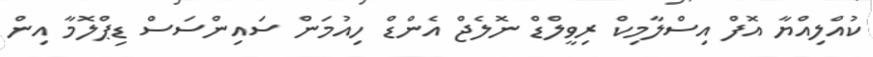
ކުއްލިއްޔާ އޮފް އިސްލާމިކް ރިވީލްޑް ނޮލެޖް އެންޑް ހިއުމަން ސައިންސަސް ޑިޕްލޮމާ އިން